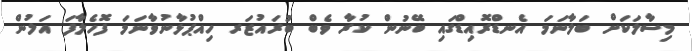
މިސާލަކަށް ބަލާނަމަ އެނޑްރޮއިޑްގައި ބޭނުން ކުރާ ވެބް ބުރައުޒަރ ހިއްޕުޅާނުވާނަމަ ފޮހެލާފަ އަލުން